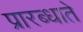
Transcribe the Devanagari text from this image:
प्रारब्धाते